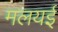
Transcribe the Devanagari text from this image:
मलयई